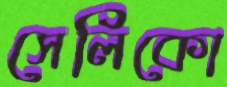
সেলিকো